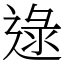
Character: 逯